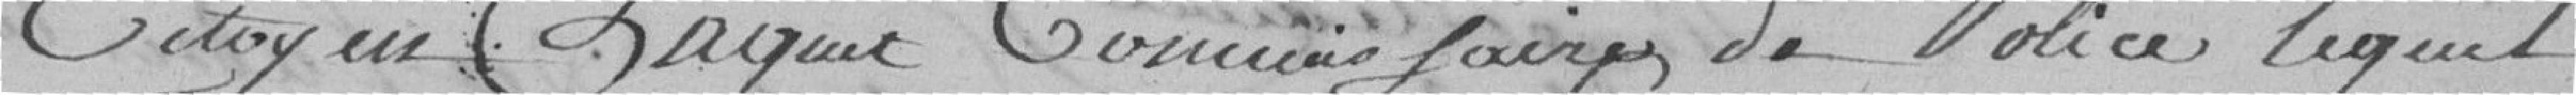
Citoyen Paquet commissaire de police lequel